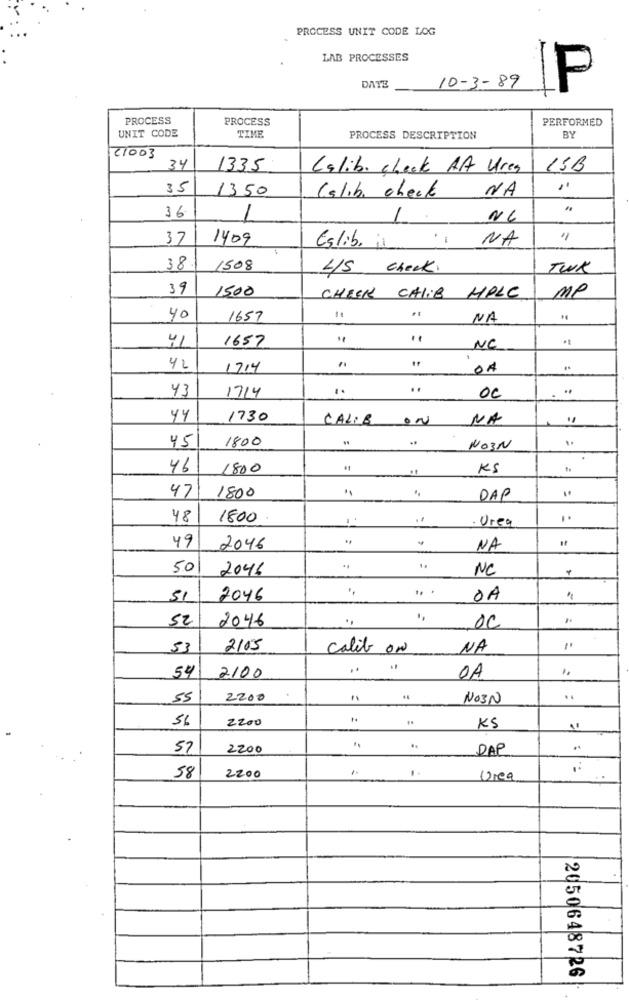
PROCESS UNIT CODE LOG
LAB PROCESSES
DATE
10-3-89
P
PROCESS
PROCESS
PERFORMED
UNIT CODE
TIME
PROCESS DESCRIPTION
BY
2003
34
1335
Calib. check At Ures
15B
35
1350
NA
Calib. check
36
1
1
NG
37
1409
NA
Eslib. is "i
38
1508
45 check.
TWK
39
1500
CHEEK CALIB HPLC
MP
40
1657
NA
4
1657
..
NC
..
42
1714
43
1714
..
..
..
OC
44
1730
CALIB ON
NA
1800
..
45
NO3N
46
1800
KS
47
1800
DAP
48
1800
. Urea
-
49
2046
NA
50
2046
NC
SI
2046
.. .
OA
"
52
2046
OC
53
2105
Calib on
NA
..
54
2100
0A
55
2200
NOIN
56
KS
57
2200
DAP
..
58
2200
Urea
est
0
2050648726